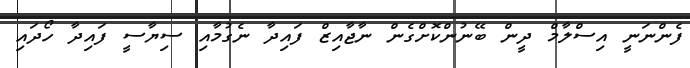
ފެންނަނީ އިސްލާމް ދީން ބޭނުންކޮށްގެން ނާޖާއިޒް ފައިދާ ނެގުމާއި ސިޔާސީ ފައިދާ ހޯދައި